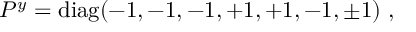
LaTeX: P ^ { y } = \mathrm { d i a g } ( - 1 , - 1 , - 1 , + 1 , + 1 , - 1 , \pm 1 ) ~ , ~ \,